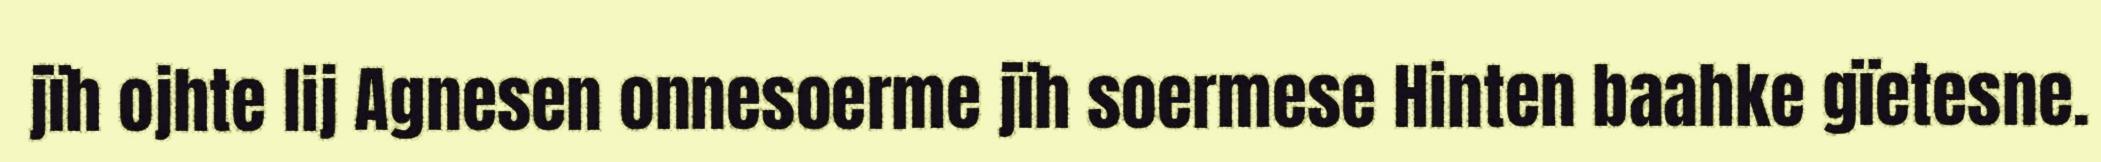
jïh ojhte lij Agnesen onnesoerme jïh soermese Hinten baahke gïetesne.